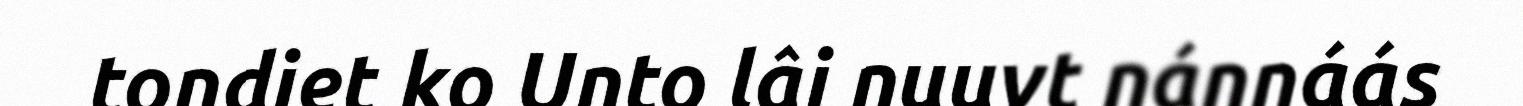
tondiet ko Unto lâi nuuvt nánnáás